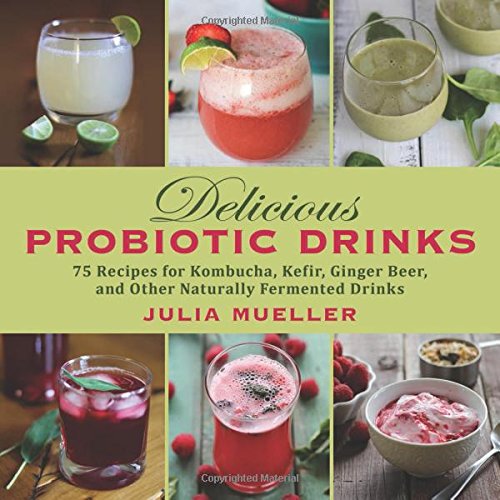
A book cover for Delicious Probiotic Drinks: 75 Recipes for Kombucha, Kefir, Ginger Beer, and Other Naturally Fermented Drinks; Julia Mueller; Cookbooks, Food & Wine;